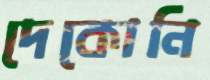
দেকোনি